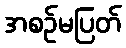
အစဉ်မပြတ်